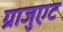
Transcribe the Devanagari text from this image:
ग्राजुएट